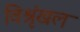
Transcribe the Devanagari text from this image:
विश्रृंखल